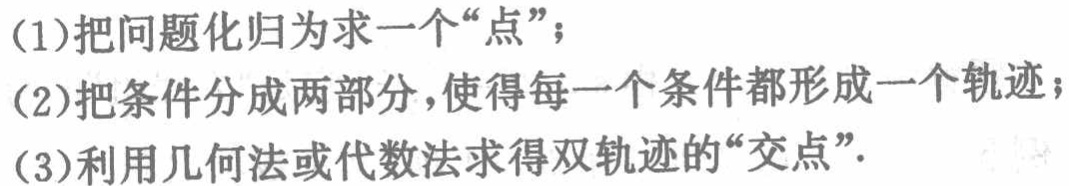
(1)把问题化归为求一个“点”；

(2)把条件分成两部分，使得每一个条件都形成一个轨迹；

(3)利用几何法或代数法求得双轨迹的“交点”.